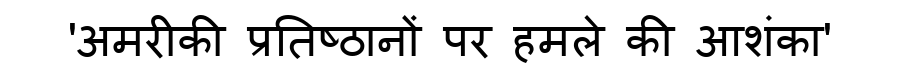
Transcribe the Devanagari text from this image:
'अमरीकी प्रतिष्ठानों पर हमले की आशंका'